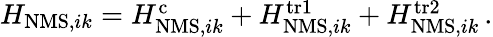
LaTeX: \begin{array}{r}{H_{\mathrm{NMS},ik}=H_{\mathrm{NMS},ik}^{\mathrm{c}}+H_{\mathrm{NMS},ik}^{\mathrm{tr1}}+H_{\mathrm{NMS},ik}^{\mathrm{tr2}}\, .}\end{array}